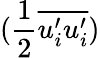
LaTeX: (\frac{1}{2}\overline{{u_{i}^{\prime}u_{i}^{\prime}}})